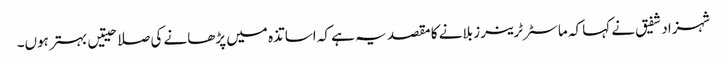
شہزاد شفیق نے کہا کہ ماسٹر ٹرینرز بلانے کا مقصد یہ ہے کہ اساتذہ میں پڑھانے کی صلاحیتیں بہتر ہوں۔